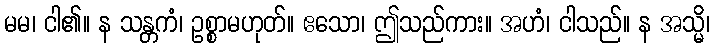
မမ၊ ငါ၏။ န သန္တကံ၊ ဥစ္စာမဟုတ်။ ဧသော၊ ဤသည်ကား။ အဟံ၊ ငါသည်။ န အသ္မိ၊